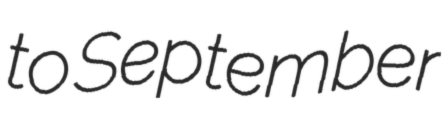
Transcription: to September